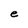
Character: e